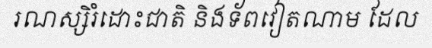
រណស្សិរំដោះជាតិ និងទ័ពវៀតណាម ដែល